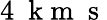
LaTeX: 4~\mathrm{~k~m~}\mathrm{~s~}